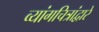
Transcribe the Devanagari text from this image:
व्यांगचित्रांद्वारे